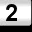
Digit: 2